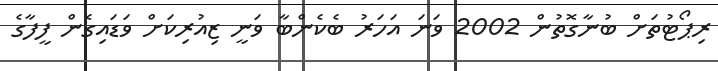
ރިޕޯޓުތަށް ބުނާގޮތުން 2002 ވަނަ އަހަރު ބެކެންބާ ވަނީ ޒިއުރިކަށް ވަޑައިގެން ފީފާގެ